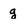
Character: g